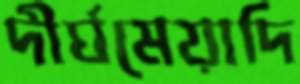
দীর্ঘমেয়াদি